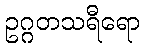
ဥဂ္ဂတသရီရော